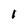
Character: l